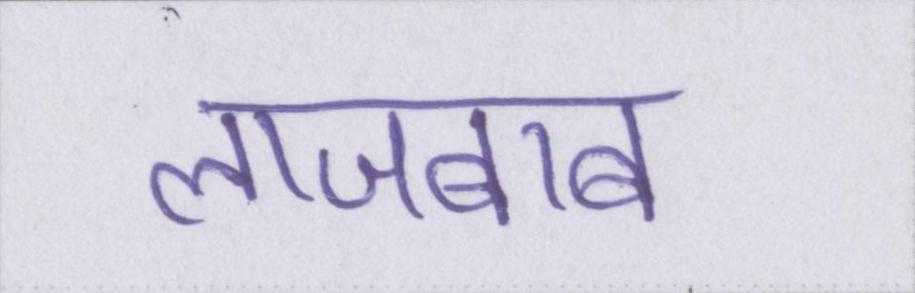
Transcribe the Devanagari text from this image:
लाजबाब